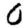
Digit: 0